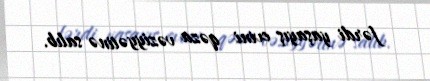
fərdi yaşayış evini qəza vəziyyətinə salıb.